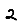
Digit: 2